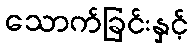
သောက်ခြင်းနှင့်